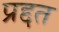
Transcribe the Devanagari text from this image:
प्रद्दत